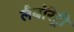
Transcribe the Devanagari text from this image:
लैबॉरेट्री